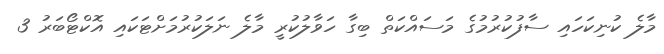
މާލެ ކުނިކަހައި ސާފުކުރުމުގެ މަސައްކަތް ބިގާ ހަވާލުކުރީ މާލެ ނަލަކުރުމަށްޓަކައި އޮކްޓޯބަރު 3